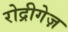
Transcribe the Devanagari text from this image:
रोद्रीगेज़